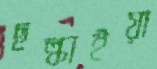
ছল্‌কাইয়া